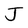
Character: J